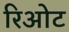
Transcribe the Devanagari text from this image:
रिओट